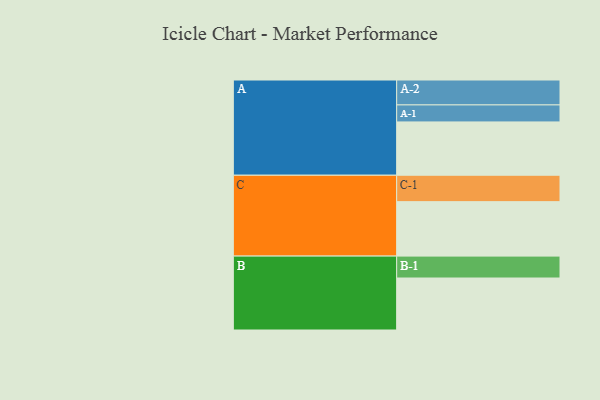
{"axis": {"x": "Segment", "y": "Value"}, "legend": ["", "A", "B", "C"], "data": [{"x": "A", "y": 567, "type": ""}, {"x": "B", "y": 553, "type": ""}, {"x": "C", "y": 579, "type": ""}, {"x": "A-1", "y": 181, "type": "A"}, {"x": "A-2", "y": 265, "type": "A"}, {"x": "B-1", "y": 233, "type": "B"}, {"x": "C-1", "y": 281, "type": "C"}]}